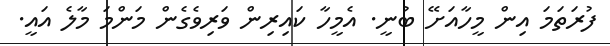
ފުރަތަމަ އިން މީހާއަށޭ ބުނީ. އެމީހާ ކައިރިން ވަރިވެގެން މަންމަ މާލެ އައީ.